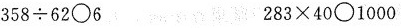
$$3 5 8 \div 6 2 \circ 6 $$ $$2 8 3 \times 4 0 \circ 1 0 0 0$$